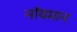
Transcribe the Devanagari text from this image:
नॉयमान